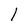
Character: l